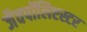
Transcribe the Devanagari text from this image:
जैवपॉलिएस्टर